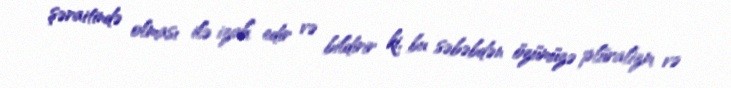
şəraitində olması ilə izah edir və bildirir ki, bu səbəbdən özümüzə plüralizm və